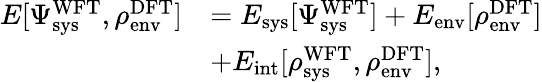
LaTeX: \begin{array}{rl}{E[\Psi_{\textrm{sys}}^{\textrm{WFT}},\rho_{\textrm{env}}^{\textrm{DFT}}]}&{=E_{\textrm{sys}}[\Psi_{\textrm{sys}}^{\textrm{WFT}}]+E_{\textrm{env}}[\rho_{\textrm{env}}^{\textrm{DFT}}]}\\ &{+E_{\textrm{int}}[\rho_{\textrm{sys}}^{\textrm{WFT}},\rho_{\textrm{env}}^{\textrm{DFT}}],}\end{array}